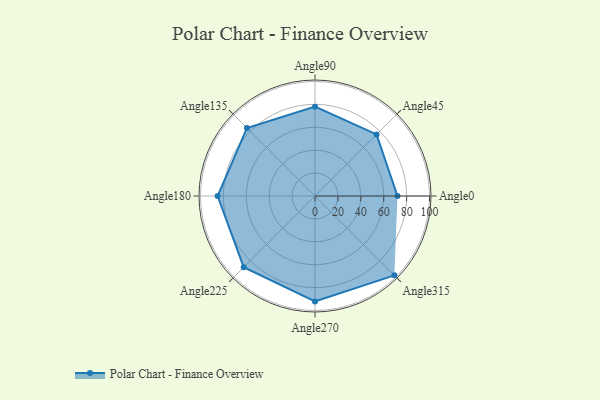
{"axis": {"x": "Angle", "y": "Radius"}, "legend": [""], "data": [{"x": "Angle0", "y": 72.0, "type": ""}, {"x": "Angle45", "y": 76.0, "type": ""}, {"x": "Angle90", "y": 78.0, "type": ""}, {"x": "Angle135", "y": 84.0, "type": ""}, {"x": "Angle180", "y": 85.0, "type": ""}, {"x": "Angle225", "y": 88.0, "type": ""}, {"x": "Angle270", "y": 92.0, "type": ""}, {"x": "Angle315", "y": 98.0, "type": ""}]}